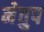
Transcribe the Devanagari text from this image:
मेेतुप